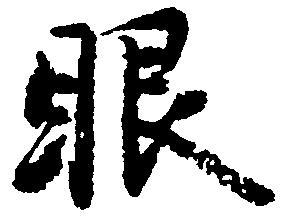
眼